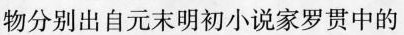
物分别出自元末明初小说家罗贯中的